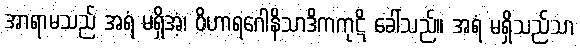
အာရာမသည် အရံ မရှိအံ့၊ ဝိဟာရဂေါနိသာဒိကကုဋိ ခေါ်သည်။ အရံ မရှိသည်သာ